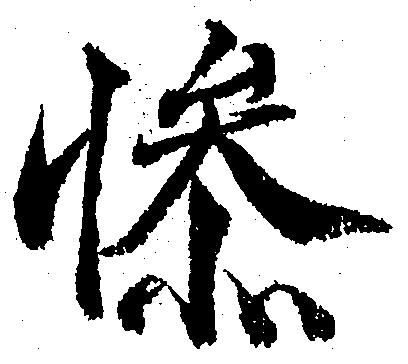
惨